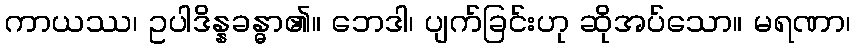
ကာယဿ၊ ဥပါဒိန္နခန္ဓာ၏။ ဘေဒါ၊ ပျက်ခြင်းဟု ဆိုအပ်သော။ မရဏာ၊